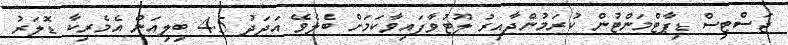
ޖަސްޓިސް ޑިޕާޓްމަންޓުން ކުރަމުންދާއިރު ލޫޓުވާފައިވާކަމަށް ބެލެވޭ އަދަދު 4.5 ބިލިއަން އެމެރިކާ ޑޮލަރު